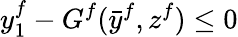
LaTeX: y_{1}^{f}-G^{f}({\bar{y}}^{f},z^{f})\leq 0